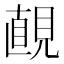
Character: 𧡚